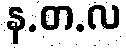
န.တ.လ